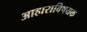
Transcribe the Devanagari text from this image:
आहाराविषयक